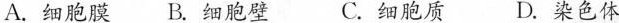
A.细胞膜B.细胞壁 C.细胞质 D.染色体